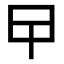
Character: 曱